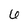
Character: 6